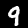
Digit: 9